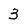
Character: 3